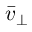
\bar { v } _ { \perp }